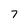
Character: 7